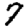
Digit: 7